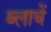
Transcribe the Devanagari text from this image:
ब्लाचें